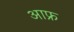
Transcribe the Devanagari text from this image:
आफ्र